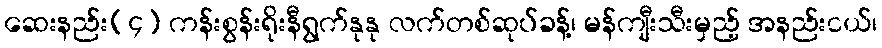
ဆေးနည်း(၄) ကန်းစွန်းရိုးနီရွက်နုနု လက်တစ်ဆုပ်ခန့်၊ မန်ကျီးသီးမှည့် အနည်းငယ်၊